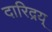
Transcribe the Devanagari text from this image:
दारिद्रय्